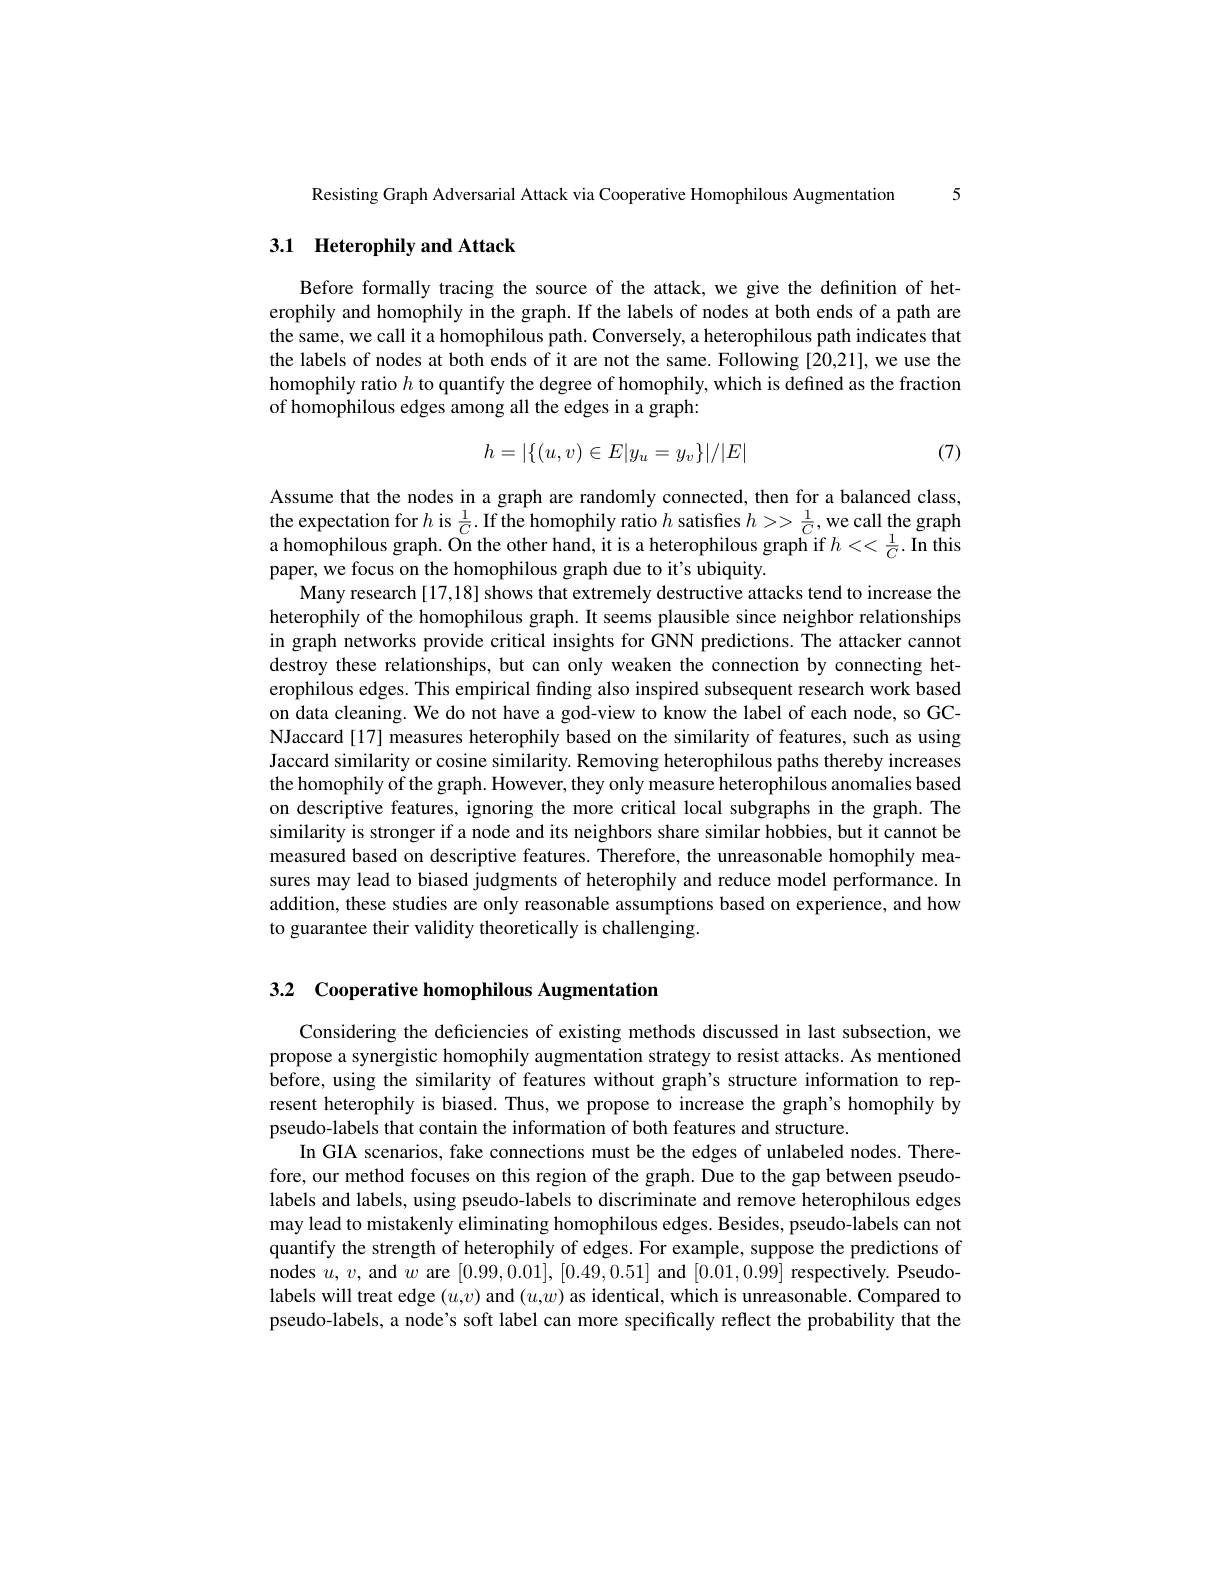
Resisting Graph Adversarial Attack via Cooperative Homophilous Augmentation 5

# 3.1 Heterophily and Attack

Before formally tracing the source of the attack, we give the definition of heterophily and homophily in the graph. If the labels of nodes at both ends of a path are the same, we call it a homophilous path. Conversely, a heterophilous path indicates that the labels of nodes at both ends of it are not the same. Following [20,21], we use the homophily ratio $h$ to quantify the degree of homophily, which is defined as the fraction of homophilous edges among all the edges in a graph:
$$h=|\{(u,v)\in E|y_u=y_v\}|/|E|$$
(7)

Assume that the nodes in a graph are randomly connected, then for a balanced class, the expectation for $h$ is $\frac1C.$ If the homophily ratio $h$ satisfies $h>>\frac1C$, we call the graph a homophilous graph. On the other hand, it is a heterophilous graph if $h<<\frac1C.$ In this paper, we focus on the homophilous graph due to it's ubiquity.
Many research [17,18] shows that extremely destructive attacks tend to increase the heterophily of the homophilous graph. It seems plausible since neighbor relationships in graph networks provide critical insights for GNN predictions. The attacker cannot destroy these relationships, but can only weaken the connection by connecting heterophilous edges. This empirical finding also inspired subsequent research work based on data cleaning. We do not have a god-view to know the label of each node, so GCNJaccard [17] measures heterophily based on the similarity of features, such as using Jaccard similarity or cosine similarity. Removing heterophilous paths thereby increases the homophily of the graph. However, they only measure heterophilous anomalies based on descriptive features, ignoring the more critical local subgraphs in the graph. The similarity is stronger if a node and its neighbors share similar hobbies, but it cannot be measured based on descriptive features. Therefore, the unreasonable homophily measures may lead to biased judgments of heterophily and reduce model performance. In addition, these studies are only reasonable assumptions based on experience, and how to guarantee their validity theoretically is challenging.

3.2 Cooperative homophilous Augmentation

Considering the deficiencies of existing methods discussed in last subsection, we propose a synergistic homophily augmentation strategy to resist attacks. As mentioned before, using the similarity of features without graph's structure information to represent heterophily is biased. Thus, we propose to increase the graph's homophily by pseudo-labels that contain the information of both features and structure.
In GIA scenarios, fake connections must be the edges of unlabeled nodes. Therefore, our method focuses on this region of the graph. Due to the gap between pseudolabels and labels, using pseudo-labels to discriminate and remove heterophilous edges may lead to mistakenly eliminating homophilous edges. Besides, pseudo-labels can not quantify the strength of heterophily of edges. For example, suppose the predictions of nodes $u,v$, and $w$ are [0.99,0.01],[0.49,0.51] and [0.01,0.99] respectively. Pseudolabels will treat edge $(u,v)$ and $(u,w)$ as identical, which is unreasonable. Compared to pseudo-labels, a node's soft label can more specifically reflect the probability that the